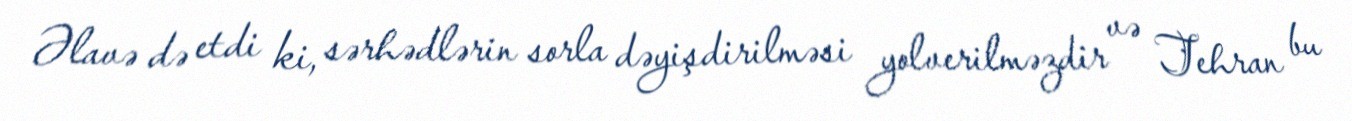
Əlavə də etdi ki, sərhədlərin sorla dəyişdirilməsi yolverilməzdir və Tehran bu